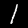
Label: 1